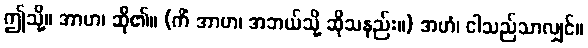
ဤသို့။ အာဟ၊ ဆို၏။ (ကိံ အာဟ၊ အဘယ်သို့ ဆိုသနည်း။) အဟံ၊ ငါသည်သာလျှင်။